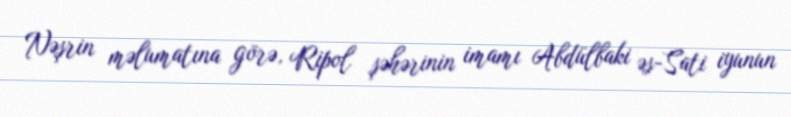
Nəşrin məlumatına görə, Ripol şəhərinin imamı Abdülbaki əs-Sati iyunun